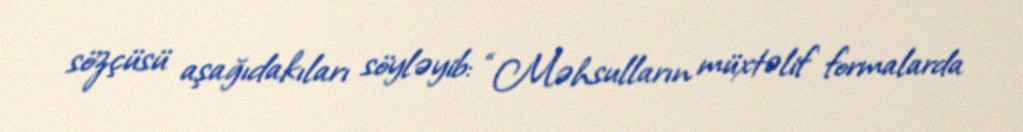
sözçüsü aşağıdakıları söyləyib: “Məhsulların müxtəlif formalarda